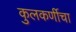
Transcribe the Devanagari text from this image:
कुलकर्णीचा